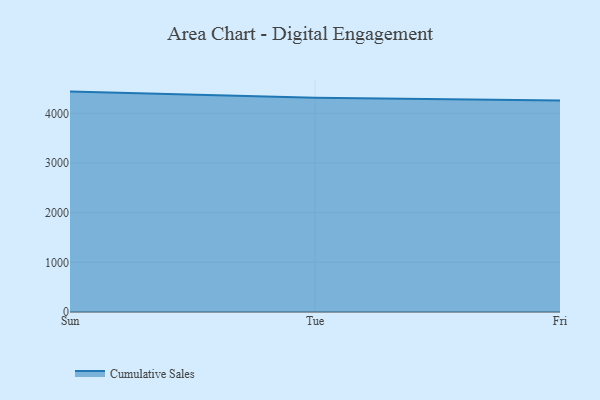
{"axis": {"x": "Day", "y": "Revenue (USD Million)"}, "legend": ["Cumulative Sales"], "data": [{"x": "Sun", "y": 4437.8, "type": "Cumulative Sales"}, {"x": "Tue", "y": 4313.9, "type": "Cumulative Sales"}, {"x": "Fri", "y": 4258.8, "type": "Cumulative Sales"}]}